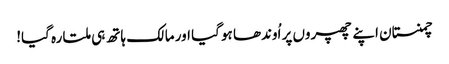
چمنستان اپنے چھپروں پر اُوندھا ہو گیا اور مالک ہاتھ ہی ملتا رہ گیا!